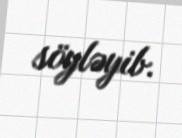
söyləyib.